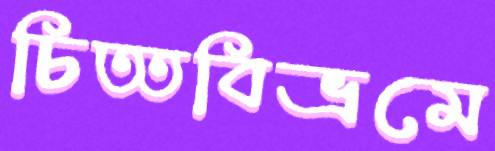
চিত্তবিভ্রমে